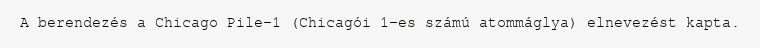
A berendezés a Chicago Pile–1 (Chicagói 1-es számú atommáglya) elnevezést kapta.